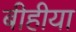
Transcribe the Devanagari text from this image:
बीहीया